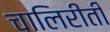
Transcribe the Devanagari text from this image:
चालिरीती